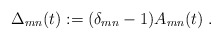
\begin{align*}\Delta_{mn}(t):= (\delta_{mn}-1)A_{mn}(t)\;.\end{align*}